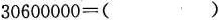
$$3 0 6 0 0 0 0 0 = ( )$$